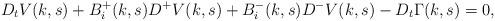
LaTeX: \begin{align*} D_{t}V(k,s) + B_{i}^{+}(k,s) D^{+}V(k,s) + B_{i}^{-}(k,s) D^{-}V(k,s) - D_{t} \Gamma(k,s) = 0,\end{align*}